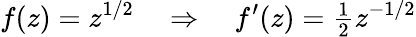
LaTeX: f(z)=z^{1/2}\quad\Rightarrow\quad f^{\prime}(z)={\textstyle{\frac{1}{2}}}z^{-1/2}